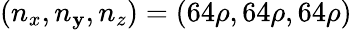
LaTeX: (n_{x},n_{\mathbf{y}},n_{z})=(64\rho,64\rho,64\rho)